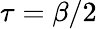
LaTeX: \tau=\beta/2